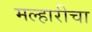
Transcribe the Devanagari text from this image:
मल्हारीचा